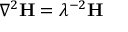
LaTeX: \nabla ^ { 2 } \mathbf { H } = \lambda ^ { - 2 } \mathbf { H }